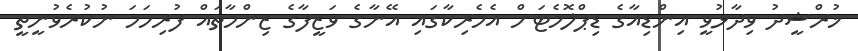
ޚުރްޝީދު ވިދާޅުވީ އިންޑިއާގެ ޑިޕްލޮމެޓަށް އެމެރިކާގައި އޭނާގެ ވަޒީފާގެ ޒިންމާތައް ފުރިހަމަ ނުކުރެވުނީތީ